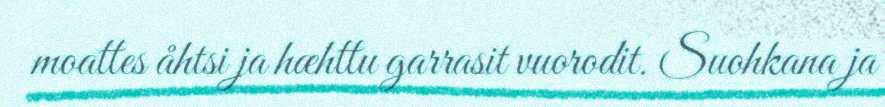
moattes åhtsi ja hæhttu garrasit vuorodit. Suohkana ja